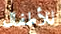
للأطفال